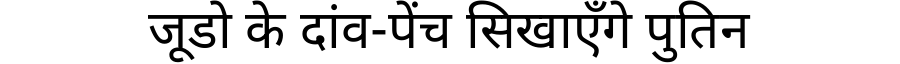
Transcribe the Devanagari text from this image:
जूडो के दांव-पेंच सिखाएँगे पुतिन